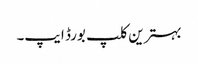
بہترین کلپ بورڈ ایپ۔